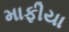
માફીયા